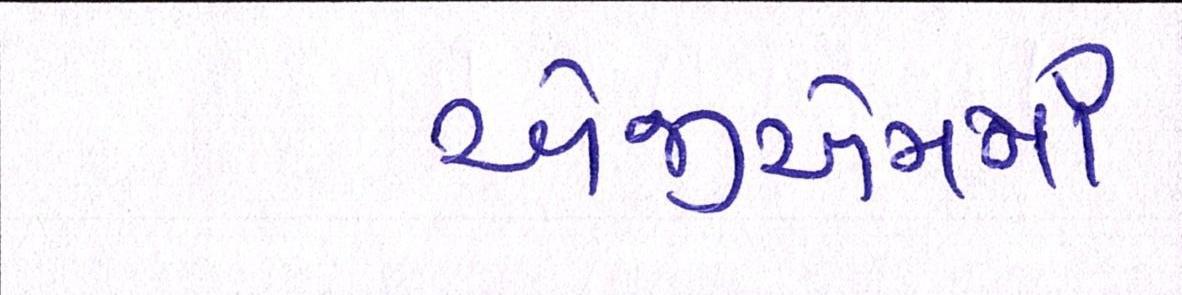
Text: એજીએમમાં